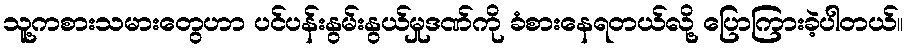
သူ့ကစားသမားတွေဟာ ပင်ပန်းနွမ်းနွယ်မှုဒဏ်ကို ခံစားနေရတယ်လို့ ပြောကြားခဲ့ပါတယ်။